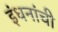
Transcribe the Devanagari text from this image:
इंधनांची